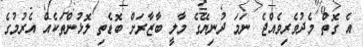
އެ ގޮތް މެދުވެރިވެއްޖެ ނަމަ ދުނިޔޭގެ މާލީ ބާޒާރަށް ބޮޑެތި ލޮޅުންތަކެއް އެރުމުގެ